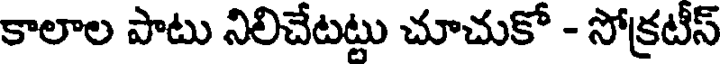
కాలాల పాటు నిలిచేటట్టు చూచుకో - సోక్రటీస్